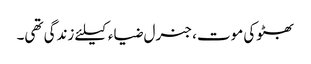
بھٹوکی موت، جنرل ضیاء کیلئے زندگی تھی۔